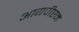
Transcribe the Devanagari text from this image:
आयपीएम